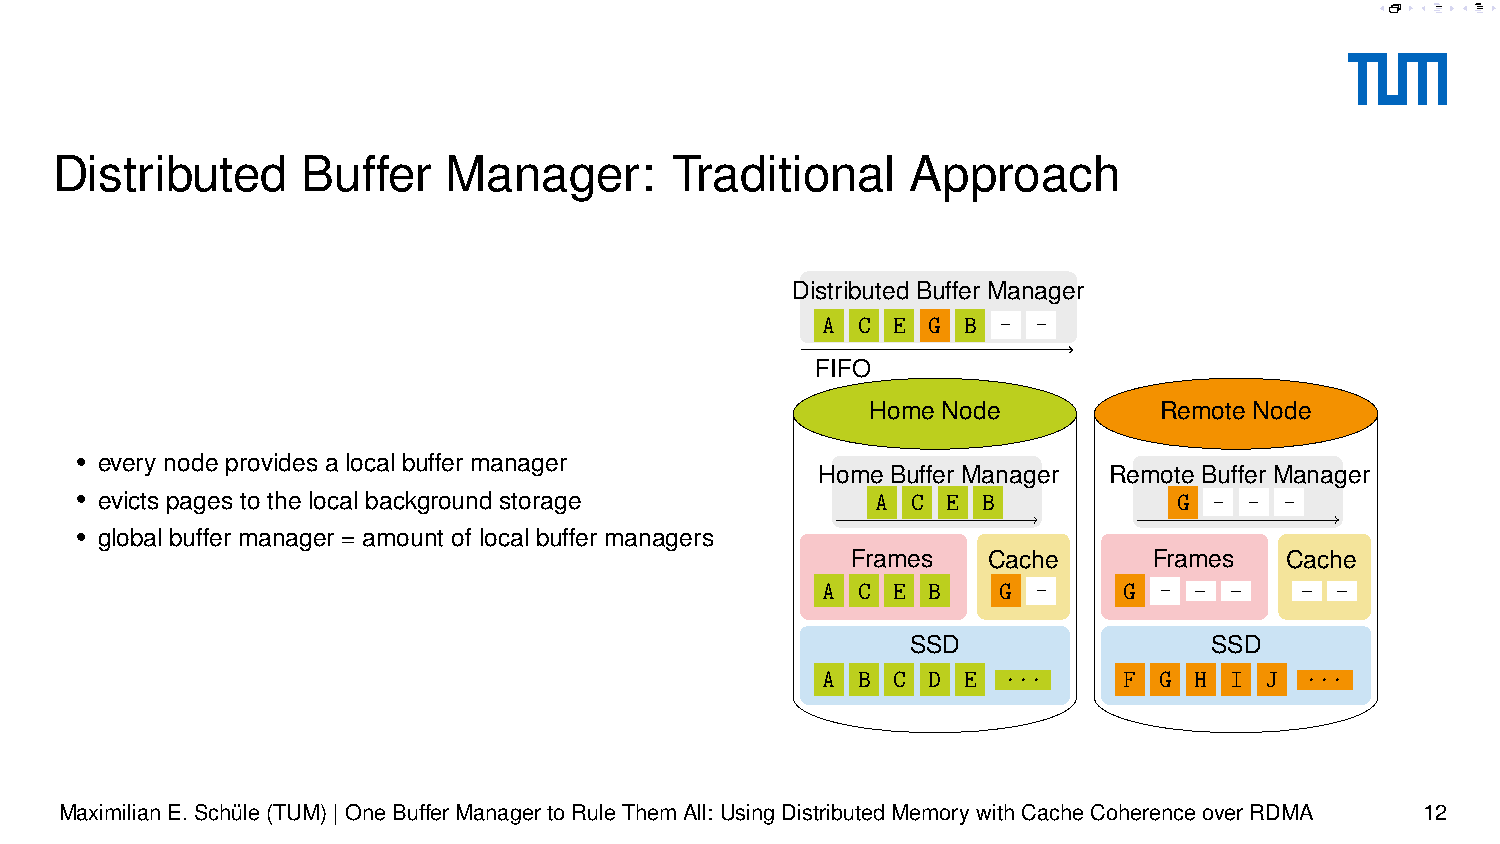
F
 F
 F        F
 Distributed      Buffer   Manager:       Traditional     Approach
 Distributed Buffer Manager
 -A -C -E -G -B - -
 FIFO
 Home Node          Remote Node
 • every node provides a local buffer manager
 Home Buffer Manager Remote Buffer Manager
 • evicts pages to the local background storage       -A -C -E -B         -G - - -
 • global buffer manager = amount of local buffer managers
 Frames   Cache      Frames   Cache
 _ _    _ _
 A- C- E- B- -G -    -G -
 SSD                 SSD
 A  B C D  E ...     F  G H I  J ...
 MaximilianE.Schüle(TUM)|OneBufferManagertoRuleThemAll: UsingDistributedMemorywithCacheCoherenceoverRDMA 12